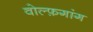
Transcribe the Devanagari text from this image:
वोल्फ़गांग